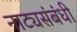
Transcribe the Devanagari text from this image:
नाट्यसंबंधी